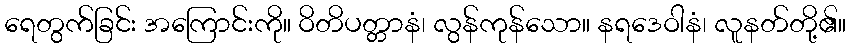
ရေတွက်ခြင်း အကြောင်းကို။ ဝိတိပတ္တာနံ၊ လွန်ကုန်သော။ နရဒေဝါနံ၊ လူနတ်တို့၏။